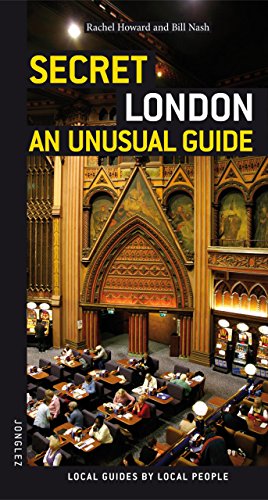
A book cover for Secret London - an Unusual Guide; Rachel Howard; Travel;